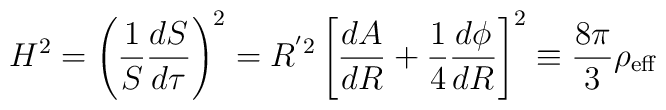
H^2 = \left( \frac{1}{S} \frac{dS}{d\tau} \right)^2 = R^{'2} \left[\frac{dA}{dR} + \frac{1}{4} \frac{d\phi}{dR} \right]^2 \equiv\frac{8 \pi}{3} \rho_{{\rm eff}}